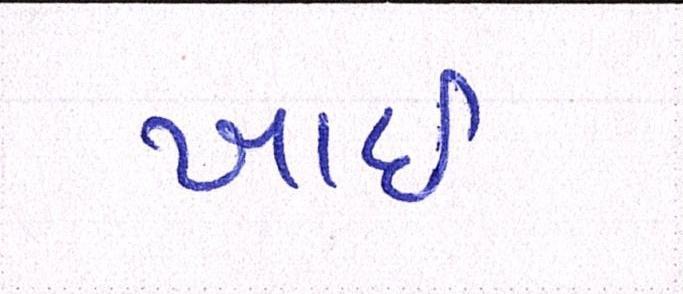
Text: ખાઈ